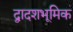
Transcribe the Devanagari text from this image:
द्वादशभूमिक